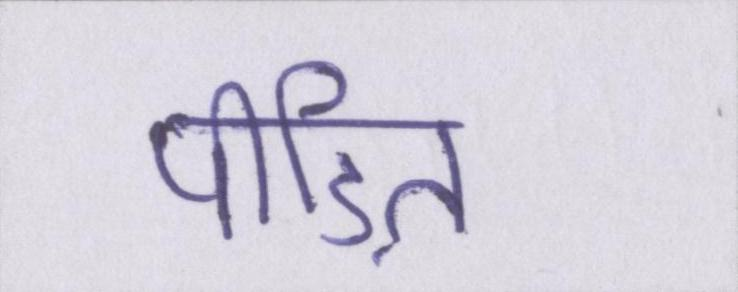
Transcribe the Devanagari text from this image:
पीडि़त